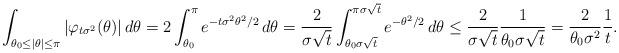
LaTeX: \begin{align*} \int_{\theta_0\leq |\theta|\leq \pi} |\varphi_{t\sigma^2}(\theta)|\, d\theta=2\int_{\theta_0}^{\pi} e^{-t \sigma^2 \theta^2/2} \, d\theta = \frac{2}{\sigma \sqrt{t}} \int_{\theta_0\sigma \sqrt{t}}^{\pi \sigma \sqrt{t}} e^{-\theta^2/2} \, d\theta \leq \frac{2}{\sigma\sqrt{t}} \frac{1}{\theta_0\sigma \sqrt{t}} = \frac{2}{\theta_0\sigma^2 } \frac{1}{t}.\end{align*}